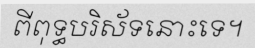
ពីពុទ្ធបរិស័ទនោះទេ។